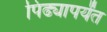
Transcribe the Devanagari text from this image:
पिढ्यापर्यंत